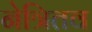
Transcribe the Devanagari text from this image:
नेत्रितव